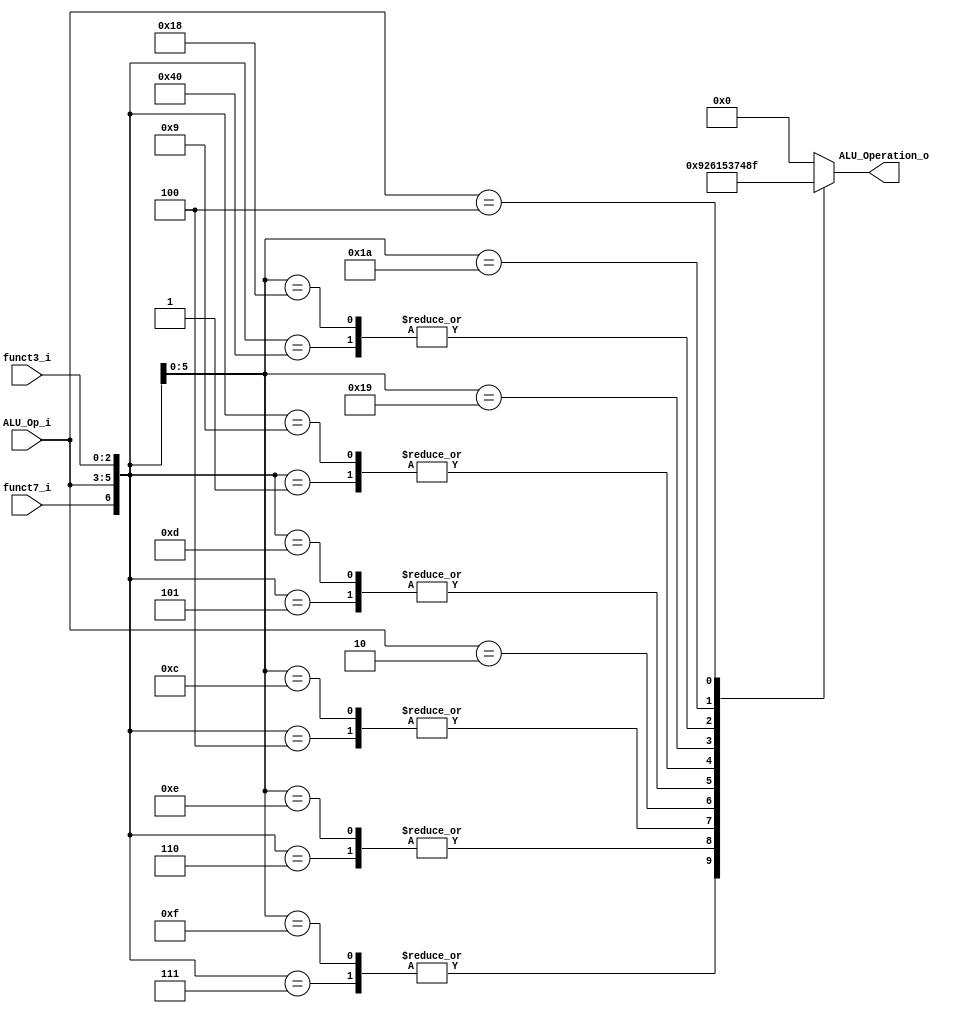
/******************************************************************
* Description
*	This is the control unit for the ALU. It receves a signal called 
*	ALUOp from the control unit and signals called funct7 and funct3  from
*	the instruction bus.
* Version:
*	1.0
* Author:
*	Dr. Jos Luis Pizano Escalante
* email:
*	luispizano@iteso.mx
* Date:
*	16/08/2021
******************************************************************/
module ALU_Control
(
	input funct7_i, 
	input [2:0] ALU_Op_i,
	input [2:0] funct3_i,
	

	output [3:0] ALU_Operation_o

);
//R and I Type
localparam R_Type_ADD		=  7'b0_000_000;
localparam I_Type_ADDI		=  7'bx_001_000;
localparam R_Type_SUB		=  7'b1_000_000; 
localparam R_Type_AND		=	7'b0_000_111;
localparam I_Type_ANDI		=	7'bx_001_111;
localparam R_Type_OR			=	7'b0_000_110;
localparam I_Type_ORI		=  7'bx_001_110;
localparam R_Type_XOR		=	7'b0_000_100;
localparam I_Type_XORI		=	7'bx_001_100;
localparam U_Type_LUI		=  7'bx_010_xxx;
localparam R_Type_sRl		=  7'b0_000_101;
localparam I_Type_sRli		=  7'b0_001_101;
localparam R_Type_sLl		=  7'b0_000_001;
localparam I_Type_sLli		=  7'b0_001_001;

//Memory
localparam S_Type_Sw			=	7'bx_000_010;
localparam I_Type_Lw		   =	7'bx_001_010;

//Type B
localparam B_Type_beq		=	7'bx_011_000;
localparam B_Type_bne		=	7'bx_011_001;
localparam B_Type_blt		=	7'bx_011_010;

//Jumps
localparam J_Type_jal      =  7'bx_100_xxx;
localparam I_Type_jalr     =  7'bx_101_000;

reg [3:0] alu_control_values;
wire [6:0] selector;

assign selector = {funct7_i, ALU_Op_i, funct3_i};

always@(selector)begin
	casex(selector)
		R_Type_ADD:		alu_control_values= 4'b0000;
		I_Type_ADDI:	alu_control_values= 4'b0000;
		R_Type_SUB:		alu_control_values= 4'b0100;
		R_Type_AND:		alu_control_values= 4'b1001;
		I_Type_ANDI:	alu_control_values= 4'b1001;
		R_Type_OR:		alu_control_values= 4'b0010;
		I_Type_ORI:		alu_control_values= 4'b0010;
		//XOR
		R_Type_XOR:		alu_control_values= 4'b0110;
		I_Type_XORI:	alu_control_values= 4'b0110;
		
		U_Type_LUI:		alu_control_values= 4'b0001;
		R_Type_sRl:		alu_control_values= 4'b0101;
		I_Type_sRli:	alu_control_values= 4'b0101;
		R_Type_sLl:		alu_control_values= 4'b0011;
		I_Type_sLli:	alu_control_values= 4'b0011;
		
		B_Type_bne:		alu_control_values= 4'b0111;
		B_Type_beq:		alu_control_values= 4'b0100;
		B_Type_blt:		alu_control_values= 4'b1000;
		
		I_Type_Lw:	   alu_control_values= 4'b0000;
		S_Type_Sw:     alu_control_values= 4'b0000;
		
		J_Type_jal:    alu_control_values= 4'b1111;
		I_Type_jalr:   alu_control_values= 4'b0000;
		

		default: alu_control_values = 4'b00_00;
	endcase
end


assign ALU_Operation_o = alu_control_values;



endmodule